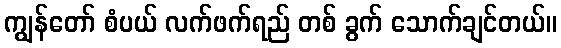
ကျွန်တော် စံပယ် လက်ဖက်ရည် တစ် ခွက် သောက်ချင်တယ်။